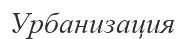
Урбанизация